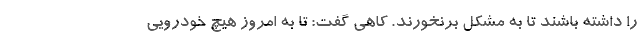
را داشته باشند تا به مشکل برنخورند. کاهی گفت: تا به امروز هیچ خودرویی